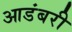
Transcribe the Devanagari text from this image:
आडंबरी